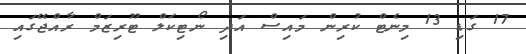
17 ގަޑި 13 މިނެޓް ކުރިން މައިސް އަދި ނޯޓިކަލް ޓޫރިޒަމް ރާއްޖޭގައި